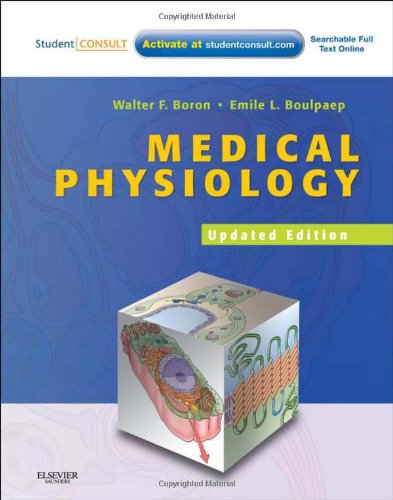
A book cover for Medical Physiology, 2e Updated Edition: with STUDENT CONSULT Online Access, 2e (MEDICAL PHYSIOLOGY (BORON)); Walter F. Boron MD  PhD; Medical Books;